Civil Veterinary Department. Madras. Admin. report 1926-33 - 1926-1933
Year: 1926
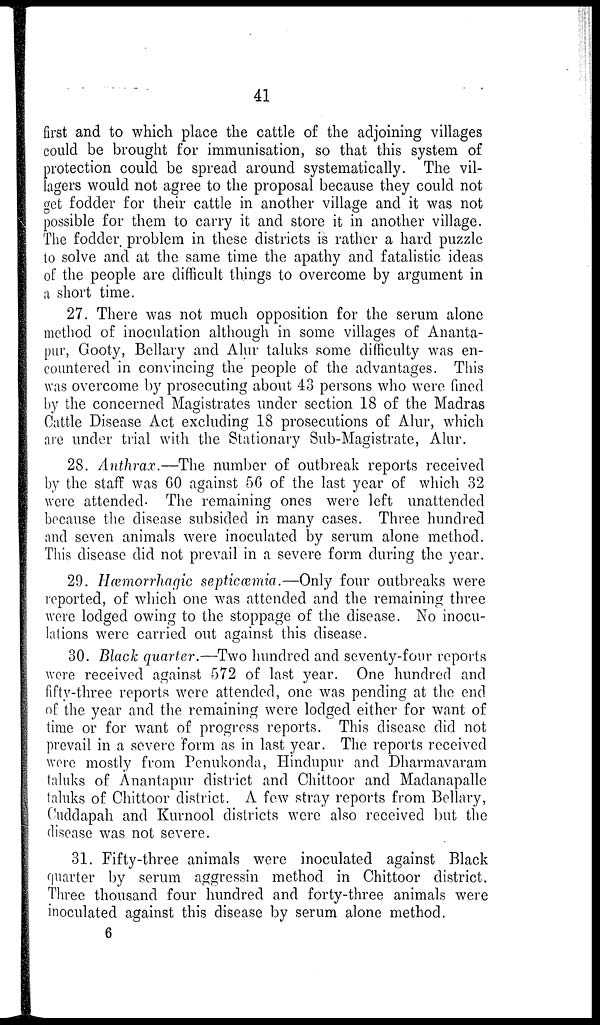
41
first and to which place the cattle of the adjoining villages
could be brought for immunisation, so that this system of
protection could be spread around systematically. The vil-
lagers would not agree to the proposal because they could not
get fodder for their cattle in another village and it was not
possible for them to carry it and store it in another village.
The fodder problem in these districts is rather a hard puzzle
to solve and at the same time the apathy and fatalistic ideas
of the people are difficult things to overcome by argument in
a short time.
27. There was not much opposition for the serum alone
method of inoculation although in some villages of Ananta-
pur, Gooty, Bellary and Alur taluks some difficulty was en-
countered in convincing the people of the advantages. This
was overcome by prosecuting about 43 persons who were fined
by the concerned Magistrates under section 18 of the Madras
Cattle Disease Act excluding 18 prosecutions of Alur, which
are under trial with the Stationary Sub-Magistrate, Alur.
28. Anthrax.—The number of outbreak reports received
by the staff was 60 against 56 of the last year of which 32
were attended. The remaining ones were left unattended
because the disease subsided in many cases. Three hundred
and seven animals were inoculated by serum alone method.
This disease did not prevail in a severe form during the year.
29. Hæmorrhagic septicæmia.—Only four outbreaks were
reported, of which one was attended and the remaining three
were lodged owing to the stoppage of the disease. No inocu-
lations were carried out against this disease.
30. Black quarter.—Two hundred and seventy-four reports
were received against 572 of last year. One hundred and
fifty-three reports were attended, one was pending at the end
of the year and the remaining were lodged either for want of
time or for want of progress reports. This disease did not
prevail in a severe form as in last year. The reports received
were mostly from Penukonda, Hindupur and Dharmavaram
taluks of Anantapur district and Chittoor and Madanapalle
taluks of Chittoor district. A few stray reports from Bellary,
Cuddapah and Kurnool districts were also received but the
disease was not severe.
31. Fifty-three animals were inoculated against Black
quarter by serum aggressin method in Chittoor district.
Three thousand four hundred and forty-three animals were
inoculated against this disease by serum alone method.
6